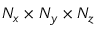
N _ { x } \times N _ { y } \times N _ { z }